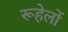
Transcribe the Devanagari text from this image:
रूहेलों